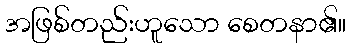
အဖြစ်တည်းဟူသော စေတနာ၏။